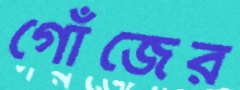
গোঁজের